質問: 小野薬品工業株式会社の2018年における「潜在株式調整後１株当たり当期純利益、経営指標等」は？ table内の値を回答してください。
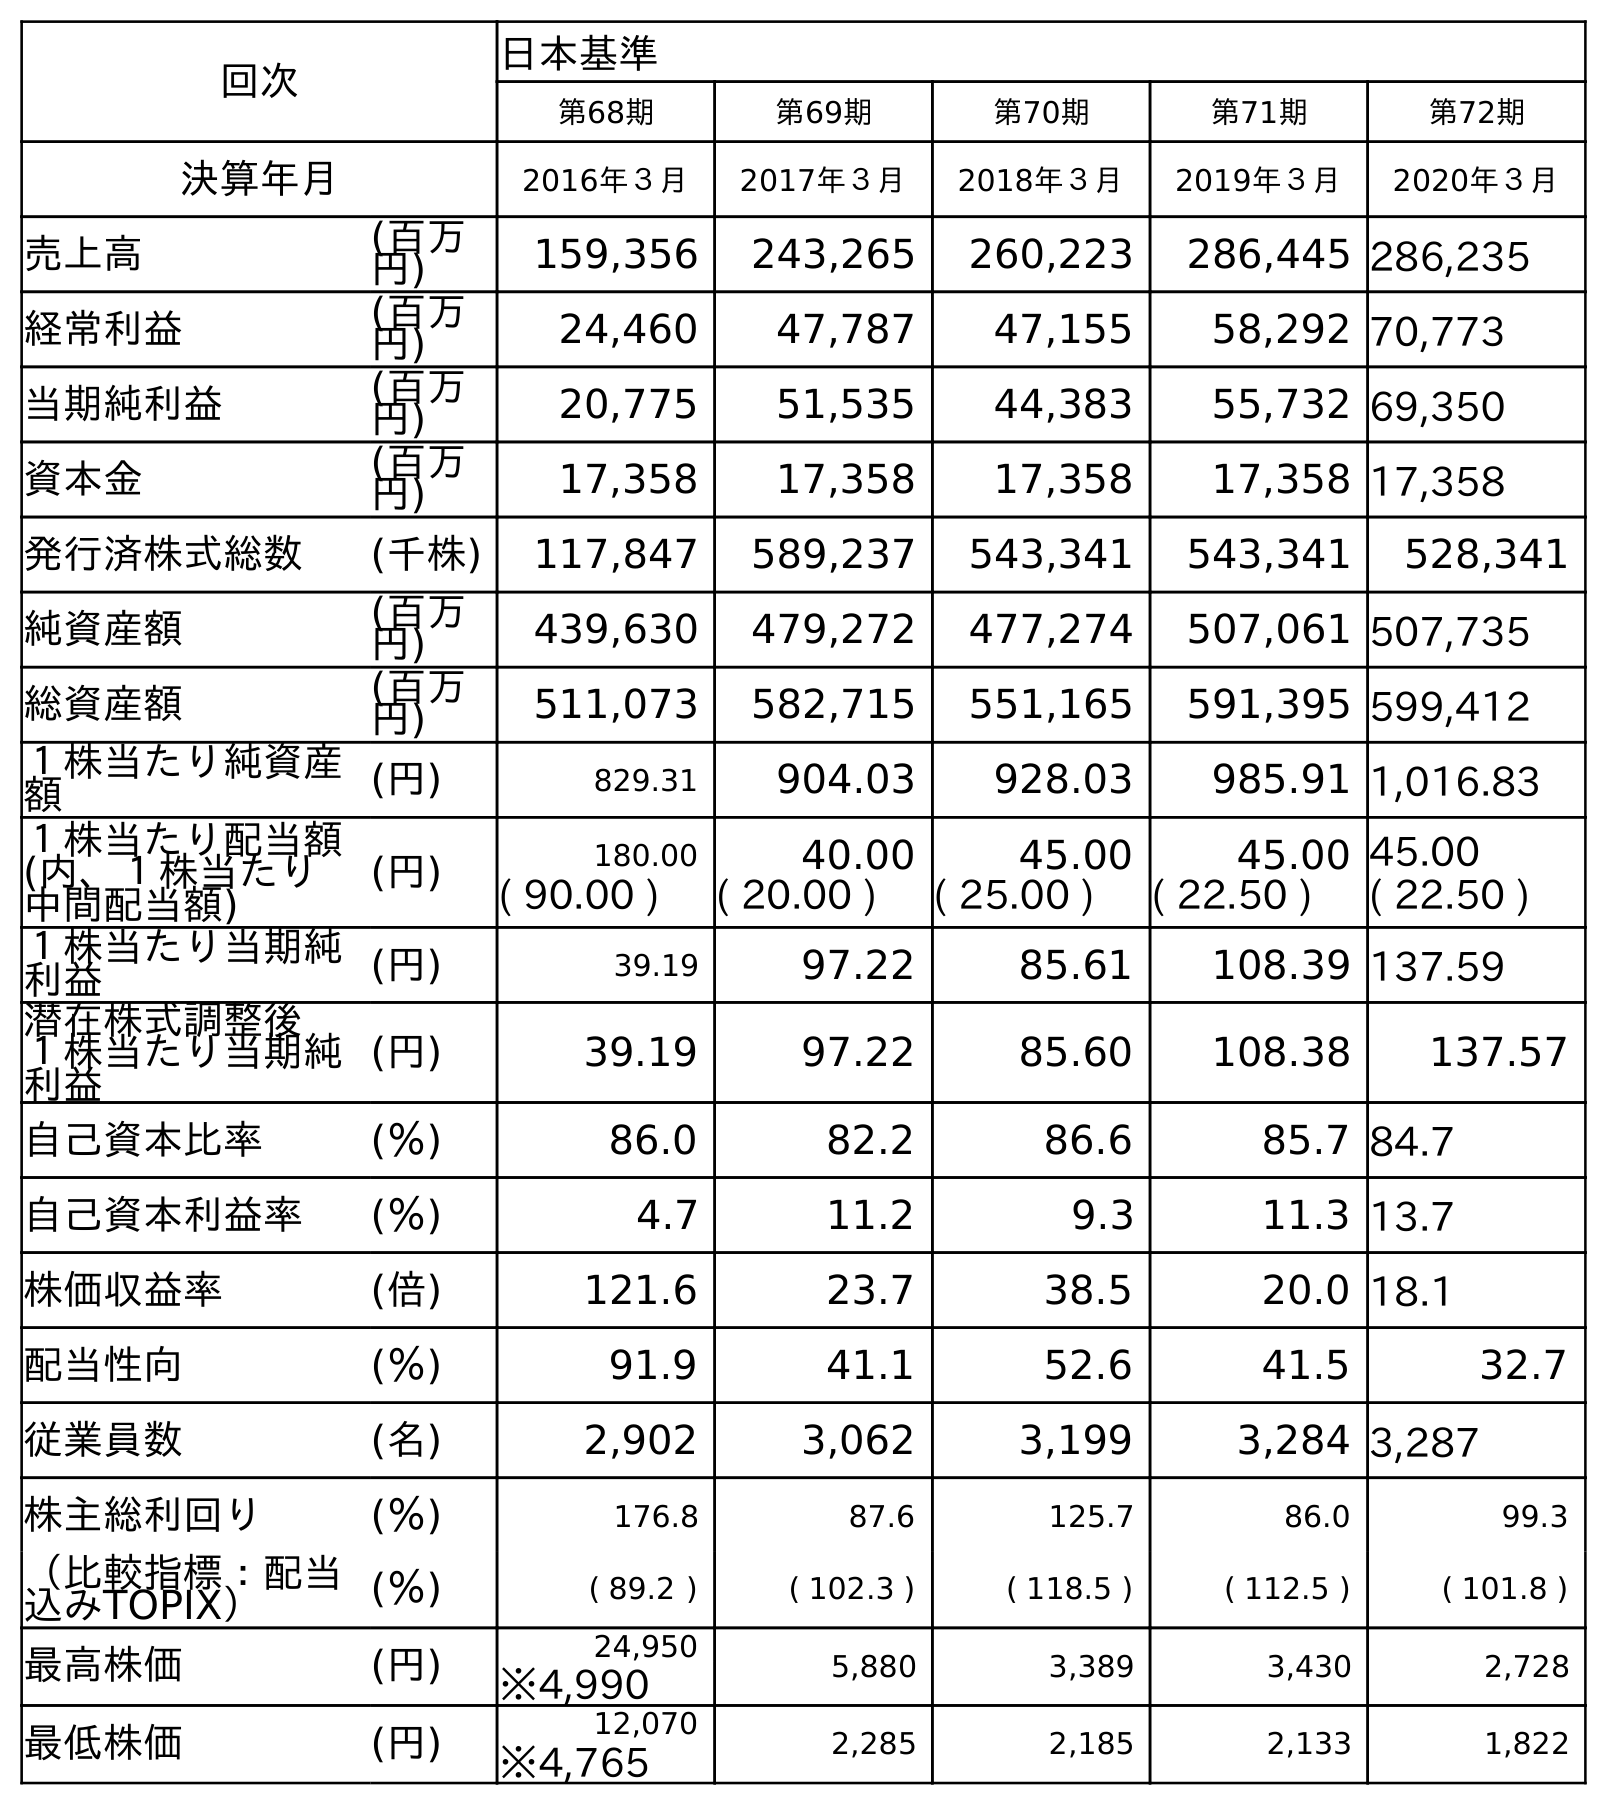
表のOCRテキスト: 回次 日本基準 第68期 第69期 第70期 第71期 第72期 決算年月 2016年３月 2017年３月 2018年３月 2019年３月 2020年３月 売上高 (百万 円) 159,356 243,265 260,223 286,445 286,235 経常利益 (百万 円) 24,460 47,787 47,155 58,292 70,773 当期純利益 (百万 円) 20,775 51,535 44,383 55,732 69,350 資本金 (百万 円) 17,358 17,358 17,358 17,358 17,358 発行済株式総数 (千株) 117,847 589,237 543,341 543,341 528,341 純資産額 (百万 円) 439,630 479,272 477,274 507,061 507,735 総資産額 (百万 円) 511,073 582,715 551,165 591,395 599,412 １株当たり純資産 額 (円) 829.31 904.03 928.03 985.91 1,016.83 １株当たり配当額 (内、１株当たり 中間配当額) (円) 180.00 40.00 45.00 45.00 45.00 ( 90.00 ) ( 20.00 ) ( 25.00 ) ( 22.50 ) ( 22.50 ) １株当たり当期純 利益 (円) 39.19 97.22 85.61 108.39 137.59 潜在株式調整後 １株当たり当期純 利益 (円) 39.19 97.22 85.60 108.38 137.57 自己資本比率 (％) 86.0 82.2 86.6 85.7 84.7 自己資本利益率 (％) 4.7 11.2 9.3 11.3 13.7 株価収益率 (倍) 121.6 23.7 38.5 20.0 18.1 配当性向 (％) 91.9 41.1 52.6 41.5 32.7 従業員数 (名) 2,902 3,062 3,199 3,284 3,287 株主総利回り (％) 176.8 87.6 125.7 86.0 99.3 （比較指標：配当 込みTOPIX） (％) ( 89.2 ) ( 102.3 ) ( 118.5 ) ( 112.5 ) ( 101.8 ) 最高株価 (円) 24,950 5,880 3,389 3,430 2,728 ※4,990 最低株価 (円) 12,070 2,285 2,185 2,133 1,822 ※4,765
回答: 85.60